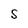
Character: S